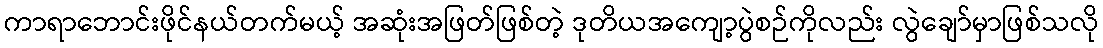
ကာရာဘောင်းဖိုင်နယ်တက်မယ့် အဆုံးအဖြတ်ဖြစ်တဲ့ ဒုတိယအကျော့ပွဲစဉ်ကိုလည်း လွဲချော်မှာဖြစ်သလို